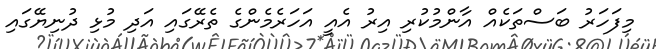
މިފަހަރު ބަސްތަކެއް އާންމުކުރި އިރު އެއީ އަހަރެމެންގެ ތެރޭގައި އަދި މުޅި ދުނިޔޭގައި